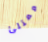
ممتلئ